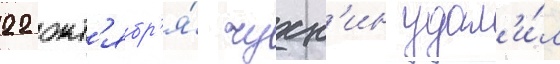
22 окт'ябр'я́ чухн'ин удал'и́л